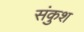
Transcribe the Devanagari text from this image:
संकुश